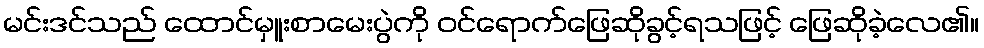
မင်းဒင်သည် ထောင်မှူးစာမေးပွဲကို ဝင်ရောက်ဖြေဆိုခွင့်ရသဖြင့် ဖြေဆိုခဲ့လေ၏။